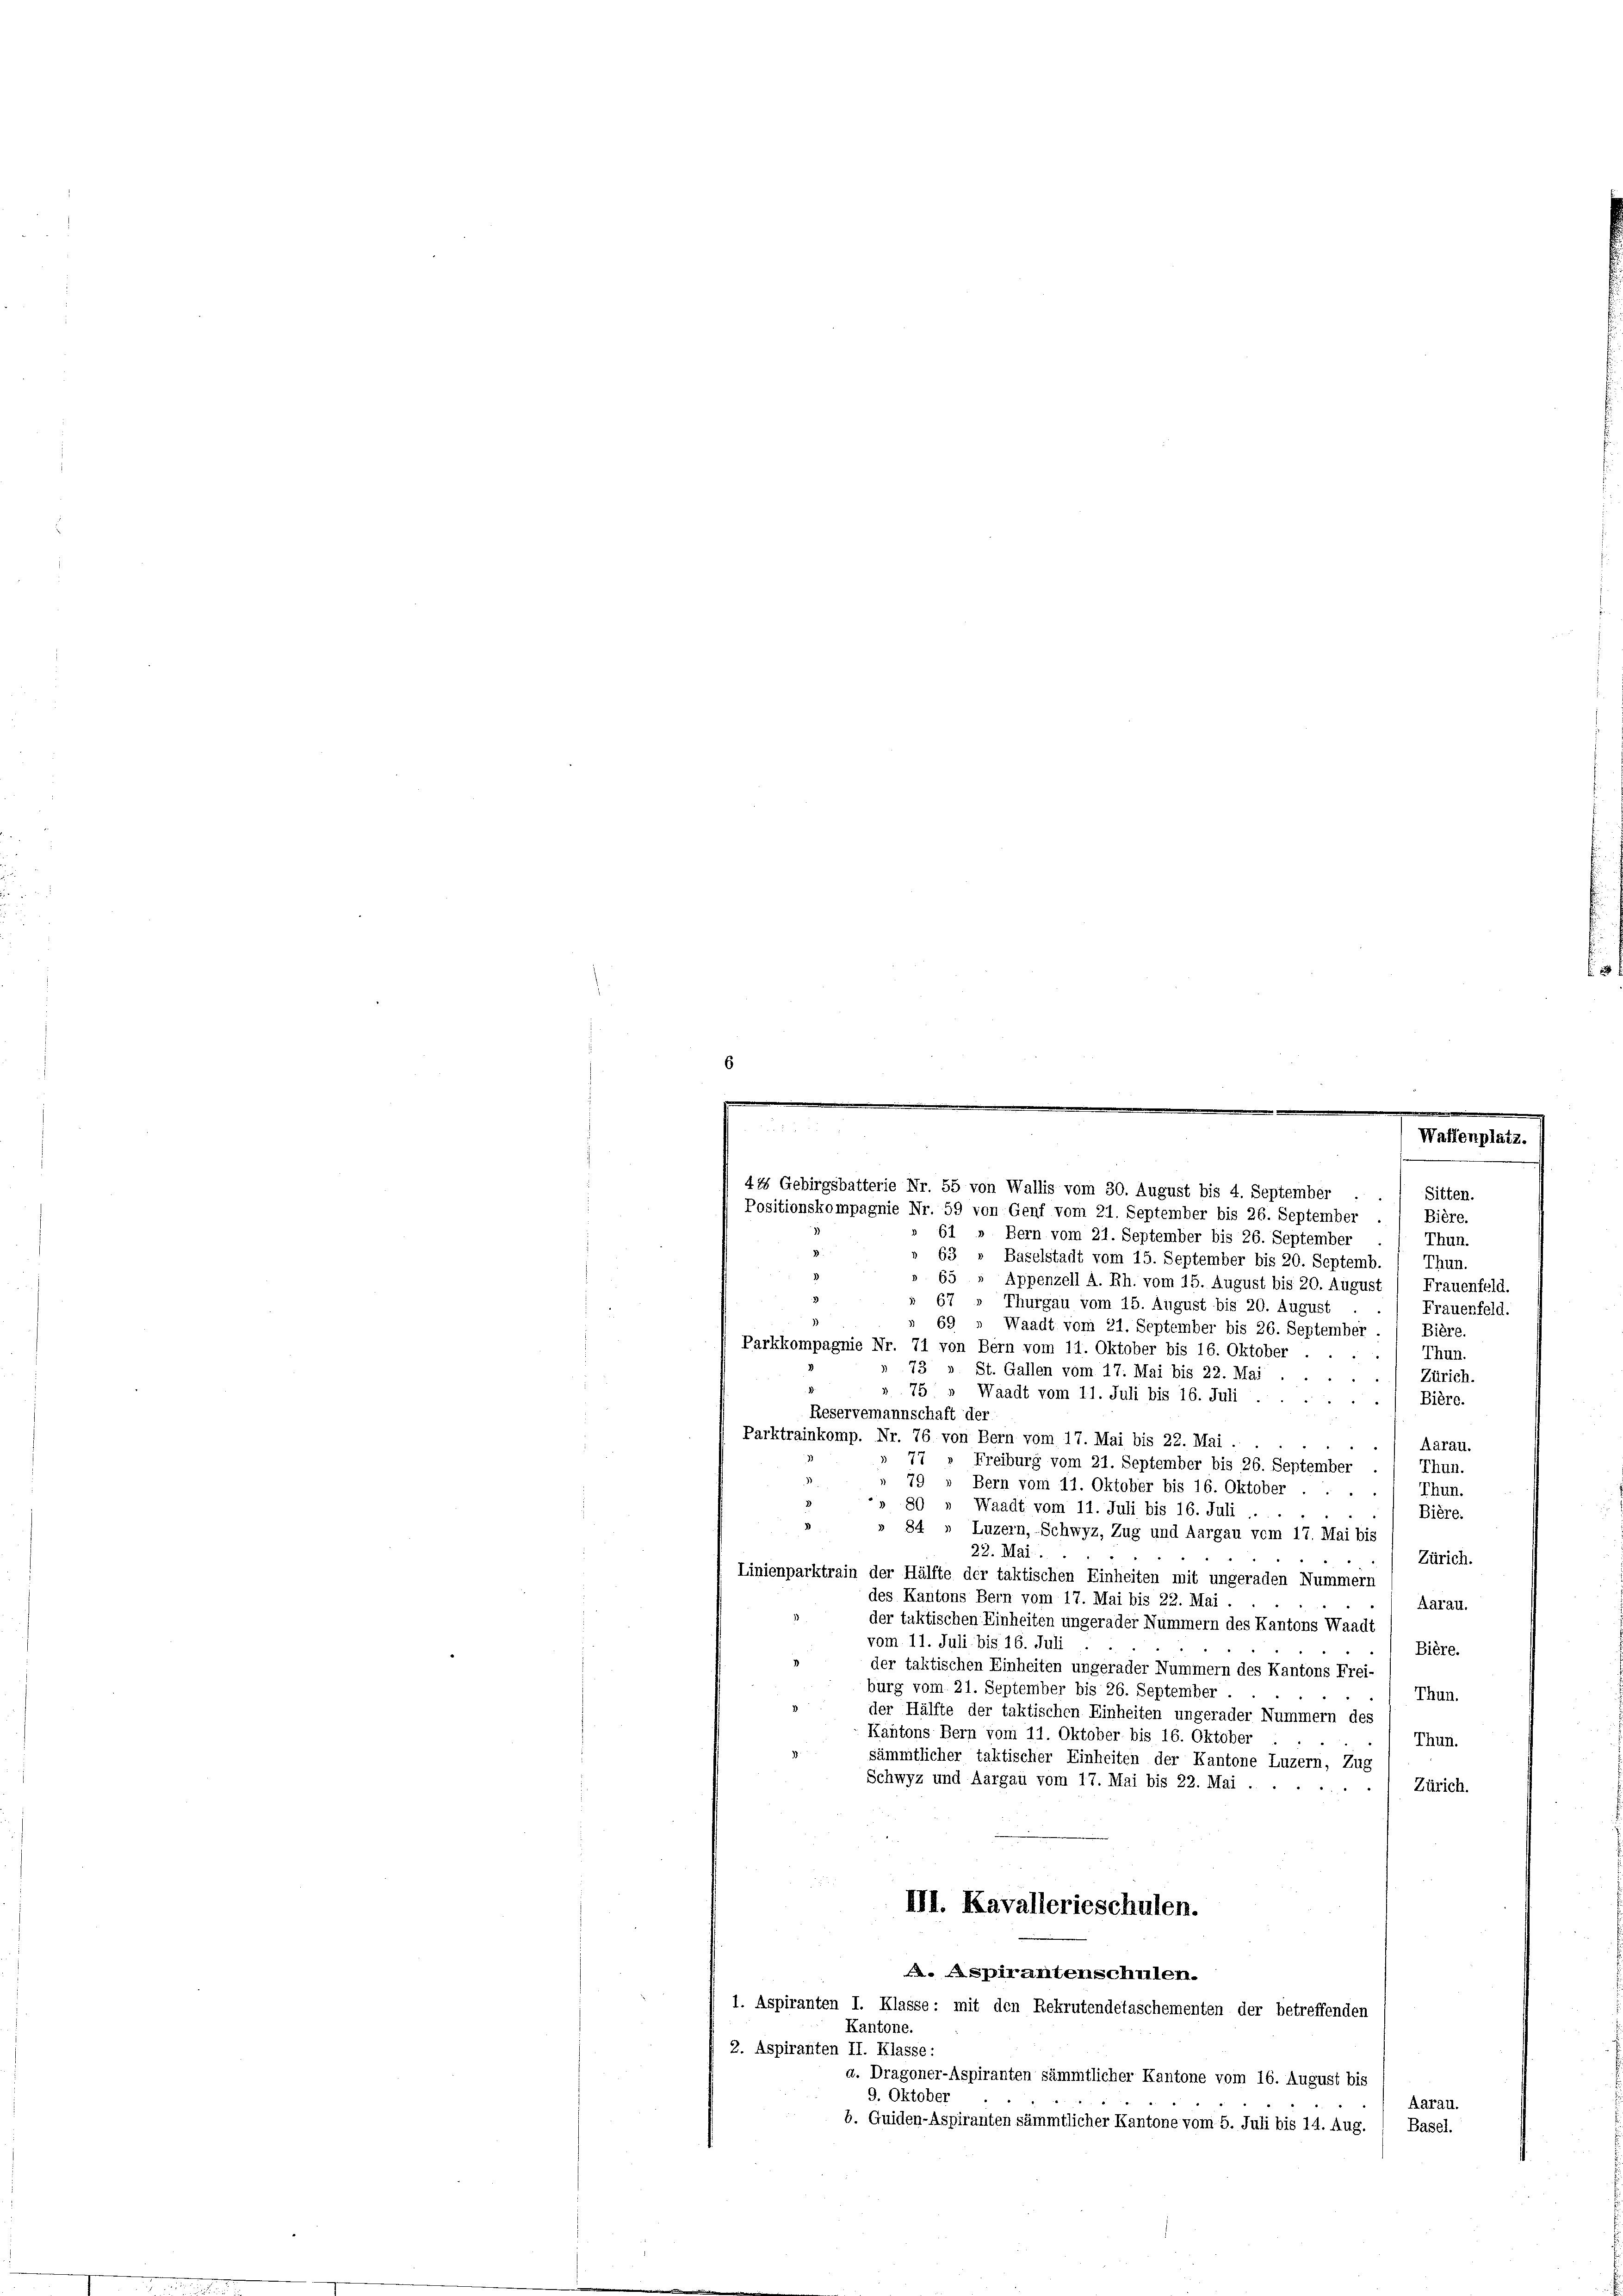
6

e
8 x
Waffenplatz.

44 Gebirgsbatterie Nr. 55 von Wallis vom 30. August bis 4. September
Sitten.
Positionskompagnie Nr. 59 von Genf vom 21. September bis 26. September / Bière.

61 » Bern vom 21. September bis 26. September
Thun.
63 " Baselstadt vom 15. September bis 20. Septemb. / Thun.
65 " Appenzell A. Rh. vom 15. August bis 20. August / Frauenfeld.
Thurgau vom 15. August bis 20. August
Frauenfeld.
69
Waadt vom 21. September bis 26. September ./ Bière.
Parkkompagnie Nr. 71 von Bern vom 11. Oktober bis 16. Oktober
Thun.
» 73 » St. Gallen vom 17. Mai bis 22. Mai .
Zürich.
75
Waadt vom 11. Juli bis 16. Juli
Bière.
Reservemannschaft der
Parktrainkomp. Nr. 76 von Bern vom 17. Mai bis 22. Mai.
Aarau.
77 " Freiburg vom 21. September bis 26. September
Thun.
79 » Bern vom 11. Oktober bis 16. Oktober.
Thun.
a
80 " Waadt vom 11. Juli bis 16. Juli
Bière.
» 84 » Luzern, Schwyz, Zug und Aargau vom 17. Mai bis
22. Mai
Zürich.
Linienparktrain der Hälfte der taktischen Einheiten mit ungeraden Nummern
des Kantons Bern vom 17. Mai bis 22. Mai.
Aarau.
der taktischen Einheiten ungerader Nummern des Kantons Waadt
vom 11. Juli bis 16. Juli
Bière.
der taktischen Einheiten ungerader Nummern des Kantons Frei-
burg vom 21. September bis 26. September
Thun.
der Hälfte der taktischen Einheiten ungerader Nummern des
Kantons Bern vom 11. Oktober bis 16. Oktober
Thun.
sämmtlicher taktischer Einheiten der Kantone Luzern, Zug
Schwyz und Aargau vom 17. Mai bis 22. Mai .
Zürich.
III. Kavallerieschulen.
. Aspirantenschulen.
1. Aspiranten I. Klasse: mit den Rekrutendetaschementen der betreffenden
Kantone.
2. Aspiranten II. Klasse:
u. Dragoner-Aspiranten sämmtlicher Kantone vom 16. August bis
9. Oktober
Aarau.
b. Guiden-Aspiranten sämmtlicher Kantone vom 5. Juli bis 14. Aug. / Basel.